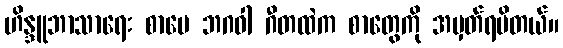
ဟိန္ဒူဘာသာရေး စာပေ ဘဂဝါ ဂီတထဲက စာတွေကို အမှတ်ရမိတယ်။